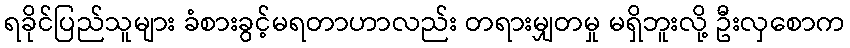
ရခိုင်ပြည်သူများ ခံစားခွင့်မရတာဟာလည်း တရားမျှတမှု မရှိဘူးလို့ ဦးလှစောက